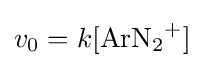
v_{0}=k[{\ce {ArN2+}}]